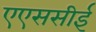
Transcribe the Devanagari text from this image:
एएससीई